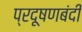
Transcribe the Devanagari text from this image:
प्रदूषणबंदी